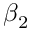
\beta _ { 2 }